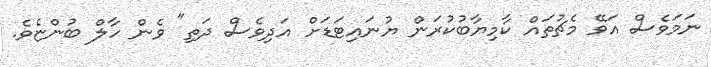
ނަމަވެސް އަވޭ މެޗުތައް ކާމިޔާބުކުރަން ޔުނައިޓަޑަށް އަދިވެސް ދަތި" ވެން ހާލް ބުންޏެވެ.